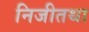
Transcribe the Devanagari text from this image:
निजीतथा